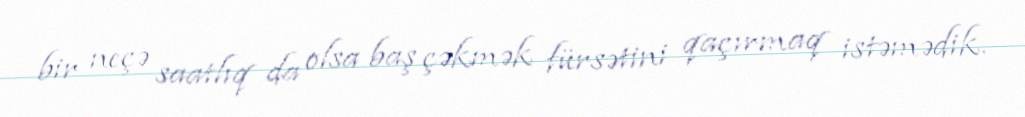
bir neçə saatlıq da olsa baş çəkmək fürsətini qaçırmaq istəmədik.